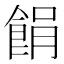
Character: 䬼